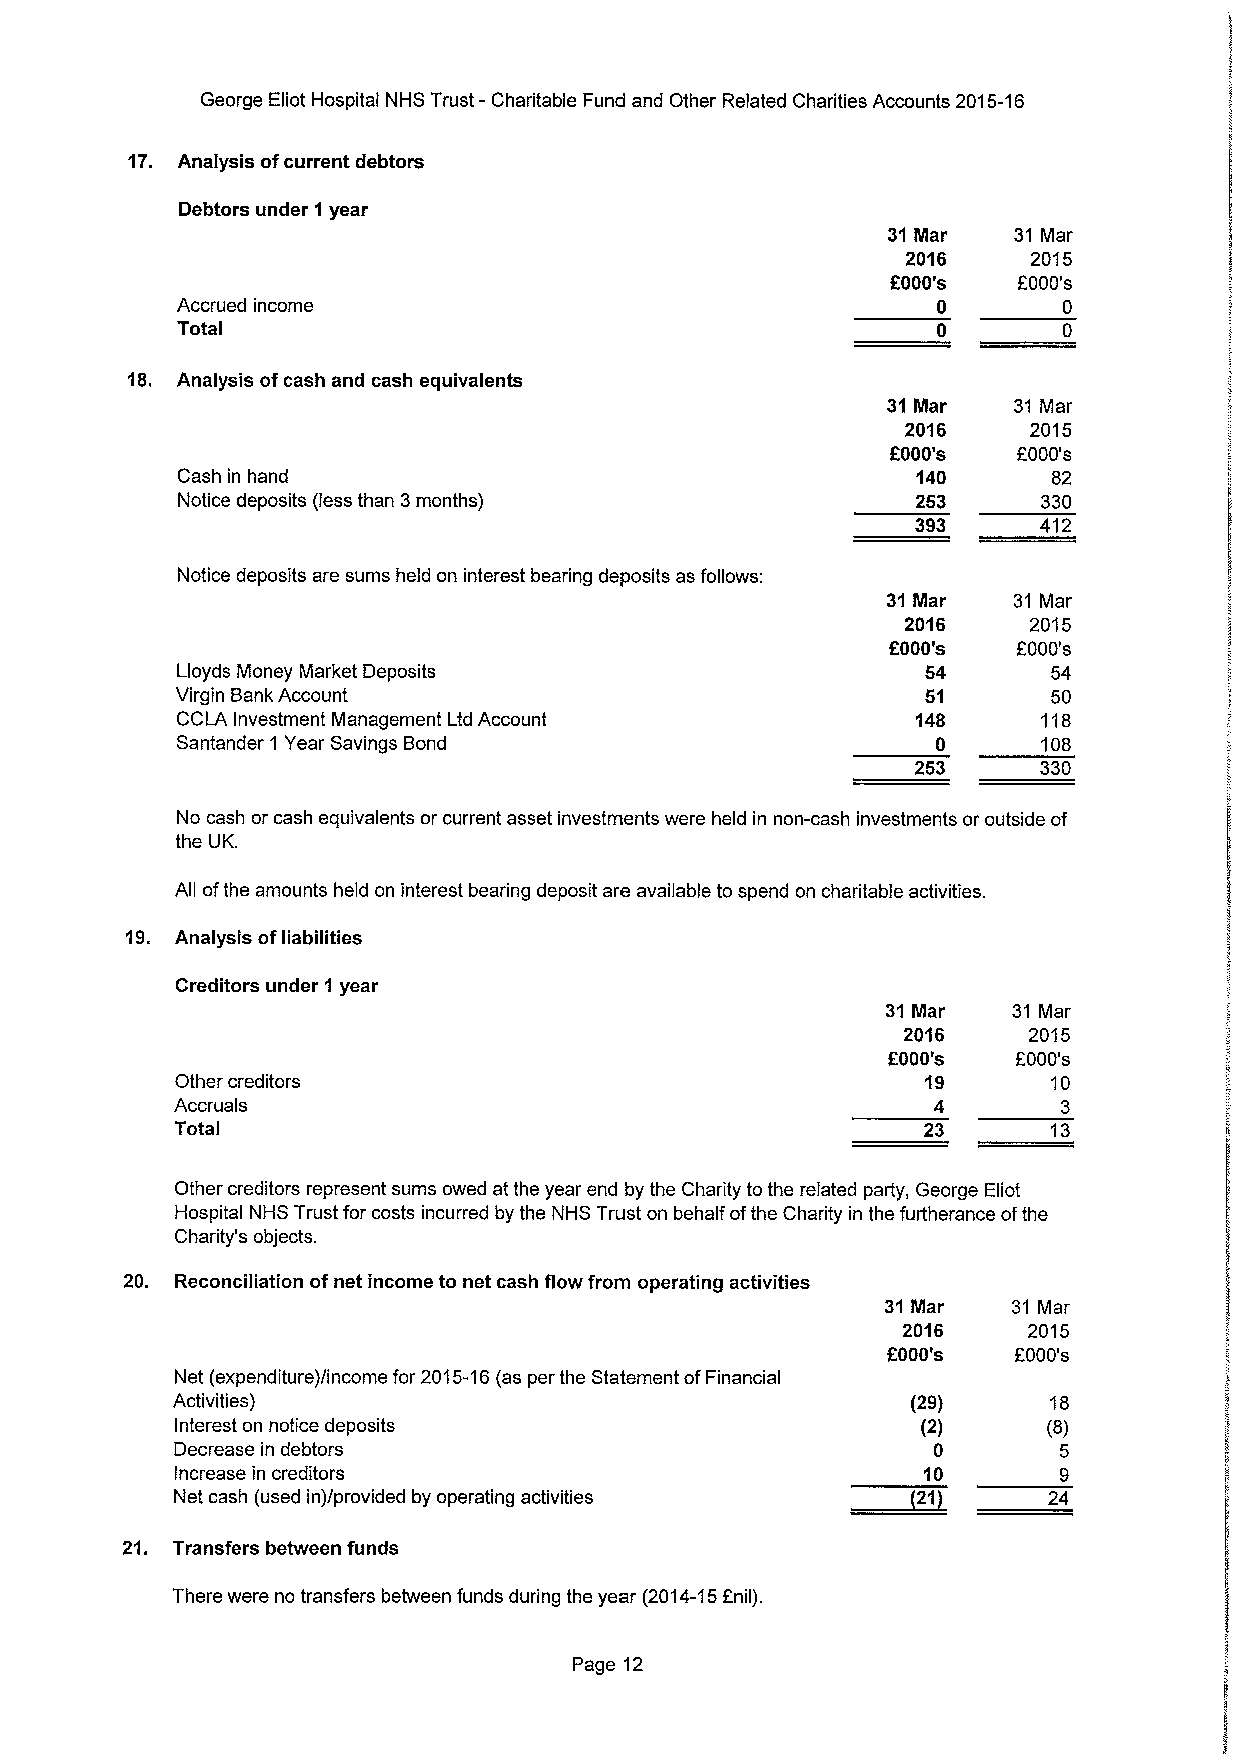
George Eliot Hospital NHS Trust - Charitable Fund and Other Related Charities Accounts 2015-16
 17. Analysis ofcurrent debtors
 Debtors under 1year
 31Mar   31 Mar
 2016    2015
 f000's  8000's
 Accrued income                                    0       0
 Total
 18. Analysis ofcash and cash equivalents
 31Mar   31 Mar
 2016    2015
 f000's  2000's
 Cash in hand                                     140      82
 Notice deposits (less than 3months)              253     330
 393     412
 Notice deposits are sums held on interest bearing deposits as follows:
 31Mar   31 Mar
 2016    2015
 F000's  f.000's
 Lloyds Money Market Deposits                     54       54
 Virgin Bank Account                              51       50
 CCLA Investment Management Ltd Account           148     118
 Santander 1 Year Savings Bond                     0      108
 253     330
 No cash or cash equivalents or current asset investments were held in non-cash investments or outside of
 the UK.
 All ofthe amounts held on interest bearing deposit are available to spend on charitable activities.
 19. Analysis ofliabilities
 Creditors under 1 year
 31Mar   31 Mar
 2016    2015
 F000's  f000's
 Other creditors                                  19       10
 Accruals                                          4       3
 Total                                            23       13
 Other creditors represent sums owed at the year end by the Charity to the related party, George Eliot
 Hospital NHS Trust for costs incurred by the NHS Trust on behalf ofthe Charity in the furtherance ofthe
 Charity's objects.
 20. Reconciliation ofnet income to net cash flow from operating activities
 31Mar   31 Mar
 2016    2015
 f000's  f000's
 Net (expenditure)/income for 2015-16(as per the Statement ofFinancial
 Activities)                                      (29)     18
 Interest on notice deposits                      (2)     (8)
 Decrease in debtors                               0       5
 Increase in creditors                            10       9
 Net cash (used in)/provided by operating activities      24
 21. Transfers between funds
 There were no transfers between funds during the year (2014-15anil).
 Page 12